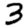
Digit: 3